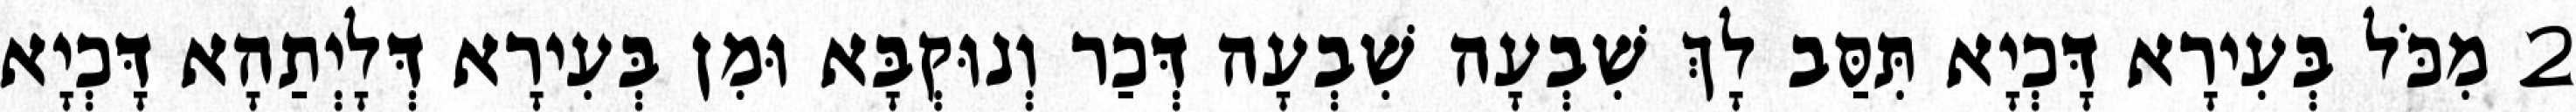
2 מִכֹּל בְּעִירָא דָּכְיָא תִּסַּב לָךְ שִׁבְעָה שִׁבְעָה דְּכַר וְנוּקְבָּא וּמִן בְּעִירָא דְּלָיְתַהָא דָּכְיָא